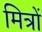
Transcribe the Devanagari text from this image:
मित्रों